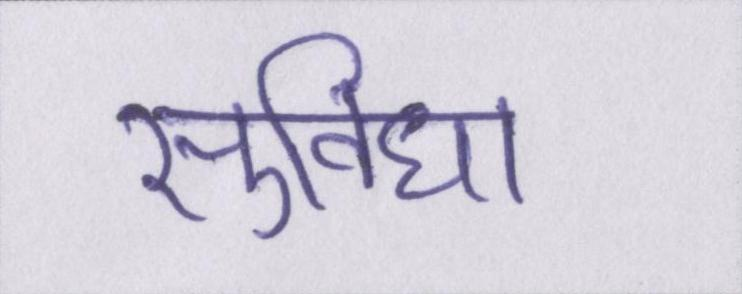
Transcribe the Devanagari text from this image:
सुविधा